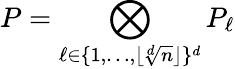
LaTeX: P=\bigotimes_{\ell\in\{ 1,\dots,\lfloor\sqrt[d]{n}\rfloor\} ^{d}}P_{\ell}